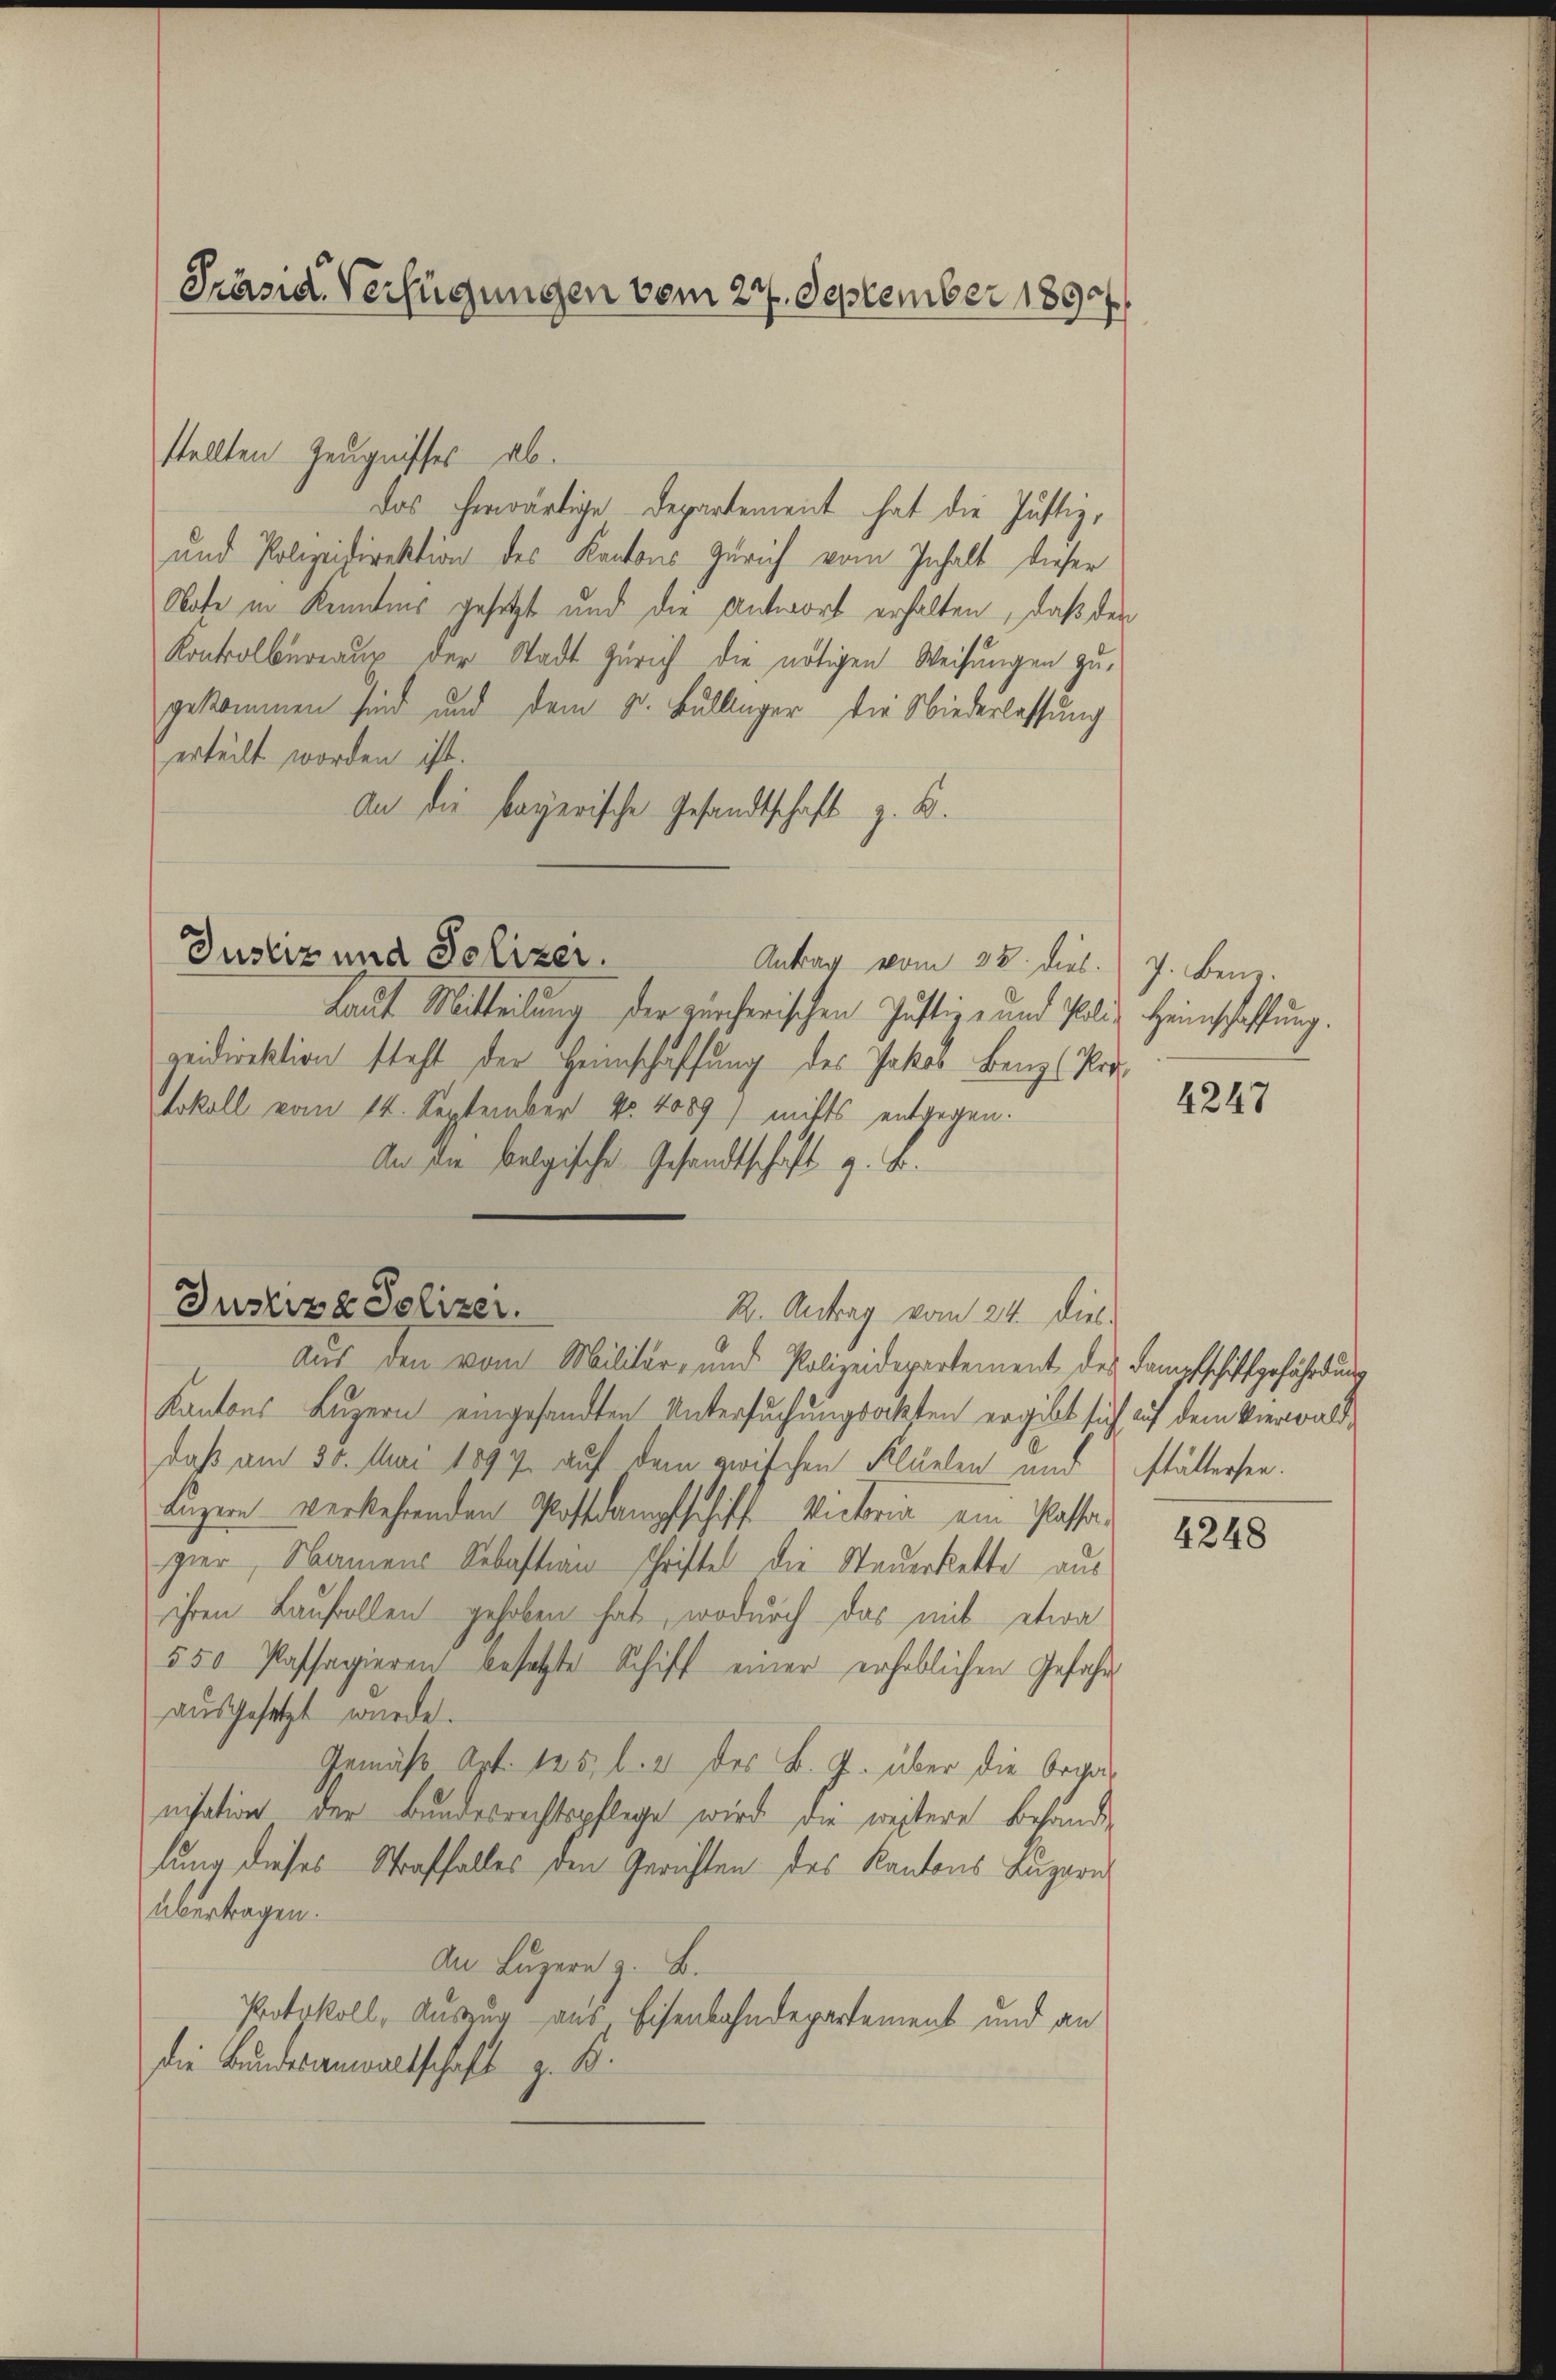
Präsid. Verfügungen vom 27. September 1890.

stellten Zeugnisses ab.
das herwärtige Departement hat die Justiz,
und Polizeidirektion des Kantons Zürich vom Inhalt dieser
Nofe in Kenntnis gesetzt und die Antwort erhalten, daß der
Kontrolbureaus der Stadt Zürich die nötigen Weisungen zugekommen sind und dem 8. Bullinger, die Niederlassung
erteilt worden ist.
An die bayerische Gesandtschaft z. B.
Justiz und Polizer.
Antrag vom 28. dies.
Laut Mitteilung der zürcherischen Justiz- und Poliz Heimschaffung.
zeidirektion steht der Heimschaffung des Jakos Bangs Vor-
tokoll vom 14. September No. 4089) mitts entgegen.
An die belgische Gesandtschaft z. B.
R. Antrag vom 24. dies
Aus den vom Militär- und Polizeidepartement des Dampfschiffgefährdung
Kantons Luzern eingesandten Untersuchungsakten ergibt sich auf dem Vierwalddaß am 30. Mai 1894 auf dem zwischen Flüelen und stättersee
Luzern verkehrenden Postdampfschiff Victoria ein Passa
gier, Namens Sebastian Schriftel die Steuerkette aus
ihren Laufrollen gehoben hat, wodurch das mit etwa
550 Passagieren besetzte Schiff einer erheblichen Gefahr
ausgesetzt wurde.
Gemäß Art. 125 l. 2 des B. J. über die Organisation der Bundesrechtspflege wird die weitere Behande
lung dieses Straffalles den Gerichten des Kantons Luzern
übertragen.
An Luzern z. B.
Protokoll, Auszug aus Eisenbahndepartement und an
die Bundesanwaltschaft z. B.

Justiz & Polizer.

7. Benz.

4247

4248